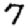
Digit: 7